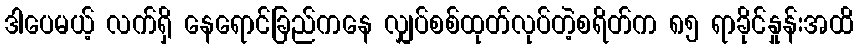
ဒါပေမယ့် လက်ရှိ နေရောင်ခြည်ကနေ လျှပ်စစ်ထုတ်လုပ်တဲ့စရိတ်က ၈၅ ရာခိုင်နှုန်းအထိ